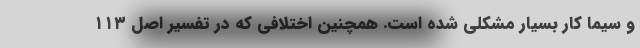
و سیما کار بسیار مشکلی شده است. همچنین اختلافی که در تفسیر اصل ۱۱۳